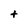
Character: t